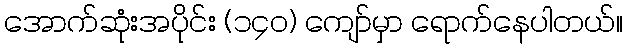
အောက်ဆုံးအပိုင်း (၁၄၀) ကျော်မှာ ရောက်နေပါတယ်။